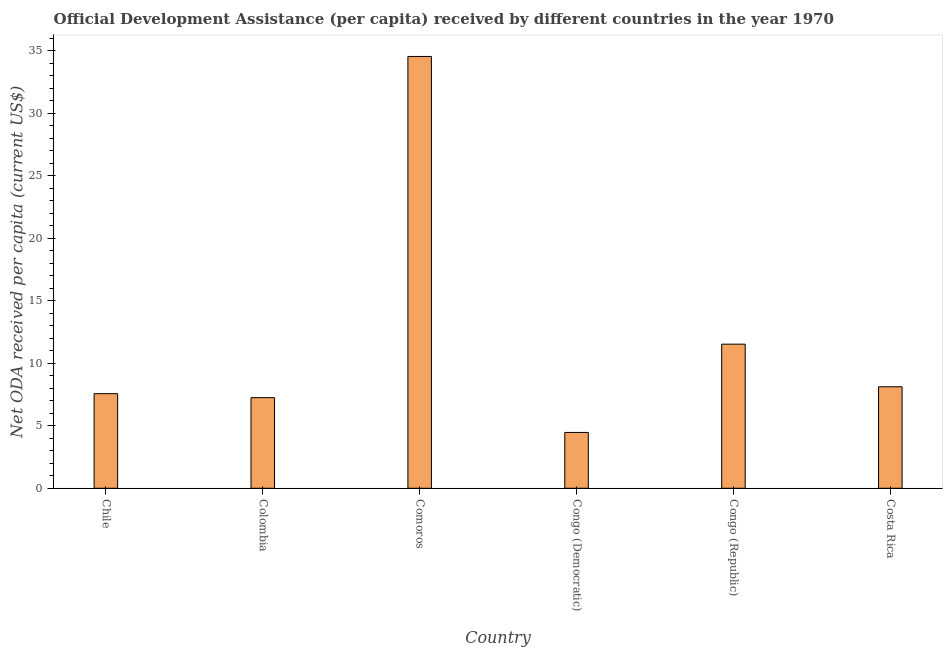
| Country | Net ODA received per capita |
 | --- | --- |
 | Chile | 7.57 |
 | Colombia | 7.25 |
 | Comoros | 34.5 |
 | Congo (Democratic) | 4.47 |
 | Congo (Republic) | 11.5 |
 | Costa Rica | 8.12 |